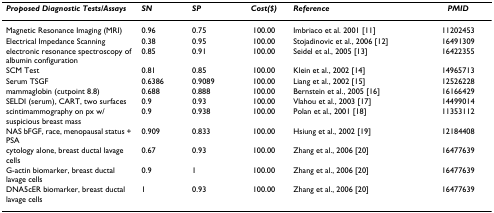
<table><thead><tr><td><b><i>Proposed Diagnostic Tests/Assays</i></b></td><td><b><i>SN</i></b></td><td><b><i>SP</i></b></td><td><b><i>Cost($)</i></b></td><td><b><i>Reference</i></b></td><td><b><i>PMID</i></b></td></tr></thead><tbody><tr><td>Magnetic Resonance Imaging (MRI)</td><td>0.96</td><td>0.75</td><td>100.00</td><td>Imbriaco et al. 2001 [11]</td><td>11202453</td></tr><tr><td>Electrical Impedance Scanning</td><td>0.38</td><td>0.95</td><td>100.00</td><td>Stojadinovic et al., 2006 [12]</td><td>16491309</td></tr><tr><td>electronic resonance spectroscopy of albumin configuration</td><td>0.85</td><td>0.91</td><td>100.00</td><td>Seidel et al., 2005 [13]</td><td>16422355</td></tr><tr><td>SCM Test</td><td>0.81</td><td>0.85</td><td>100.00</td><td>Klein et al., 2002 [14]</td><td>14965713</td></tr><tr><td>Serum TSGF</td><td>0.6386</td><td>0.9089</td><td>100.00</td><td>Liang et al., 2002 [15]</td><td>12526228</td></tr><tr><td>mammaglobin (cutpoint 8.8)</td><td>0.688</td><td>0.888</td><td>100.00</td><td>Bernstein et al., 2005 [16]</td><td>16166429</td></tr><tr><td>SELDI (serum), CART, two surfaces</td><td>0.9</td><td>0.93</td><td>100.00</td><td>Vlahou et al., 2003 [17]</td><td>14499014</td></tr><tr><td>scintimammography on px w/suspicious breast mass</td><td>0.9</td><td>0.938</td><td>100.00</td><td>Polan et al., 2001 [18]</td><td>11353112</td></tr><tr><td>NAS bFGF, race, menopausal status + PSA</td><td>0.909</td><td>0.833</td><td>100.00</td><td>Hsiung et al., 2002 [19]</td><td>12184408</td></tr><tr><td>cytology alone, breast ductal lavage cells</td><td>0.67</td><td>0.93</td><td>100.00</td><td>Zhang et al., 2006 [20]</td><td>16477639</td></tr><tr><td>G-actin biomarker, breast ductal lavage cells</td><td>0.9</td><td>1</td><td>100.00</td><td>Zhang et al., 2006 [20]</td><td>16477639</td></tr><tr><td>DNA5cER biomarker, breast ductal lavage cells</td><td>1</td><td>0.93</td><td>100.00</td><td>Zhang et al., 2006 [20]</td><td>16477639</td></tr></tbody></table>